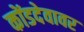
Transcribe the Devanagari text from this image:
कोंडदेवावर